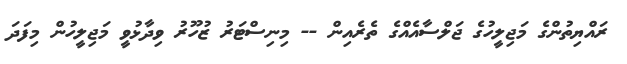
ރައްޔިތުންގެ މަޖިލީހުގެ ޖަލްސާއެއްގެ ތެރެއިން -- މިނިސްޓަރު ޒުހޫރު ވިދާޅުވީ މަޖިލީހުން މިފަދަ